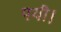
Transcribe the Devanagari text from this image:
पयी।